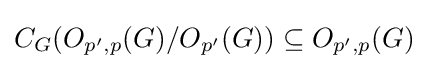
C_{G}(O_{p',p}(G)/O_{p'}(G))\subseteq O_{p',p}(G)